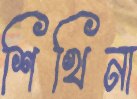
শিখিনা